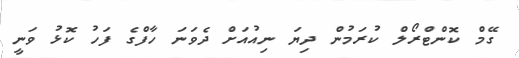
ގޭމް ކޮންޓްރޯލް ކުރަމުން ދިޔަ ނިއުއަށް ދެވަނަ ހާފްގެ ފަހު ކޮޅު ވަނީ